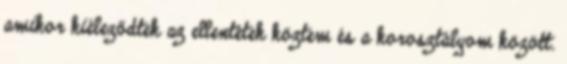
amikor kiéleződtek az ellentétek köztem és a korosztályom között.